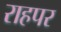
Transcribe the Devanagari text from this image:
राहपर